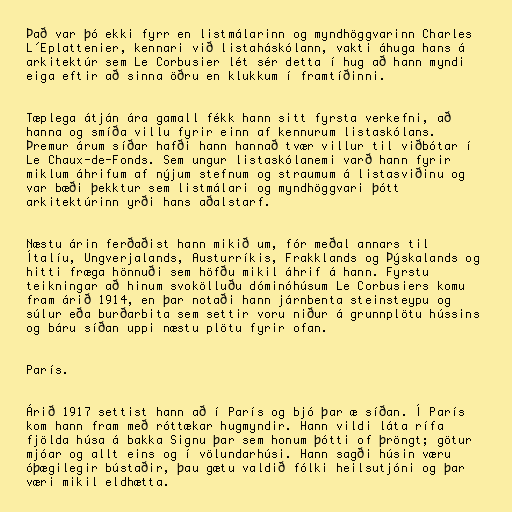
Það var þó ekki fyrr en listmálarinn og myndhöggvarinn Charles
L´Eplattenier, kennari við listaháskólann, vakti áhuga hans á
arkitektúr sem Le Corbusier lét sér detta í hug að hann myndi
eiga eftir að sinna öðru en klukkum í framtíðinni.

Tæplega átján ára gamall fékk hann sitt fyrsta verkefni, að
hanna og smíða villu fyrir einn af kennurum listaskólans.
Þremur árum síðar hafði hann hannað tvær villur til viðbótar í
Le Chaux-de-Fonds. Sem ungur listaskólanemi varð hann fyrir
miklum áhrifum af nýjum stefnum og straumum á listasviðinu og
var bæði þekktur sem listmálari og myndhöggvari þótt
arkitektúrinn yrði hans aðalstarf.

Næstu árin ferðaðist hann mikið um, fór meðal annars til
Ítalíu, Ungverjalands, Austurríkis, Frakklands og Þýskalands og
hitti fræga hönnuði sem höfðu mikil áhrif á hann. Fyrstu
teikningar að hinum svokölluðu dóminóhúsum Le Corbusiers komu
fram árið 1914, en þar notaði hann járnbenta steinsteypu og
súlur eða burðarbita sem settir voru niður á grunnplötu hússins
og báru síðan uppi næstu plötu fyrir ofan.

París.

Árið 1917 settist hann að í París og bjó þar æ síðan. Í París
kom hann fram með róttækar hugmyndir. Hann vildi láta rífa
fjölda húsa á bakka Signu þar sem honum þótti of þröngt; götur
mjóar og allt eins og í völundarhúsi. Hann sagði húsin væru
óþægilegir bústaðir, þau gætu valdið fólki heilsutjóni og þar
væri mikil eldhætta.